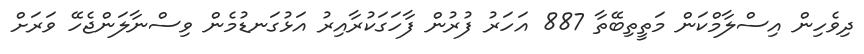
ދިވެހިން އިސްލާމްކަން މަތީތިބޭތާ 887 އަހަރު ފުރުން ފާހަގަކުރާއިރު އަޅުގަނޑުމެން ވިސްނާލަންޖެހޭ ވަރަށް